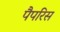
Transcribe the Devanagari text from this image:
पैपरिस